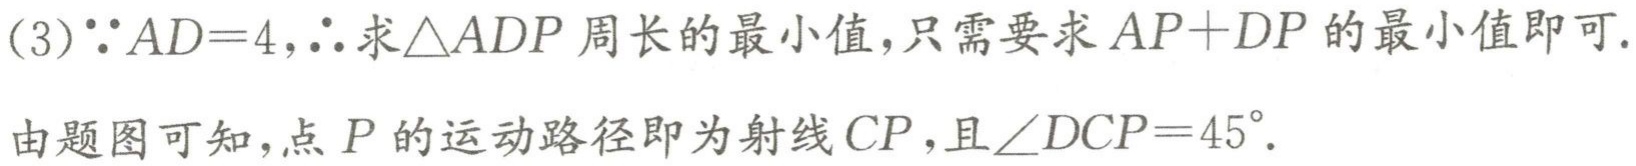
(3)$\because AD = 4,\therefore$求$\triangle ADP$周长的最小值，只需要求$AP + DP$的最小值即可.
由题图可知，点$P$的运动路径即为射线$CP$，且$\angle DCP = 45^{\circ}$.